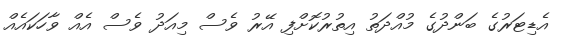
އެޑިޓަރުގެ ބަންދުގެ މުއްދަތު އިތުރުކޮށްފި އޭރު ވެސް މިއަދު ވެސް އެއް ވާހަކައެއް